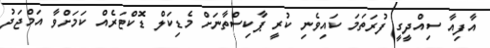
އާފިއާ ސިއްދީގީ ފުރަތަމަ ކައިވެނި ކުރީ ޕާކިސްތާނަށް މެޑިކަލް ޑޮކްޓަރެއް ކަމަށްވާ އަމްޖަދު